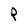
Character: P